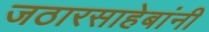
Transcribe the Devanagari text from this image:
जठारसाहेबांनी